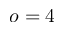
o = 4